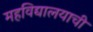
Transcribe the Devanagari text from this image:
महविद्यालयाची